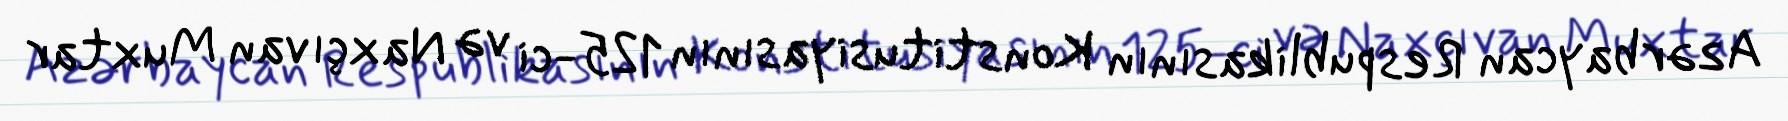
Azərbaycan Respublikasının Konstitusiyasının 125-ci və Naxçıvan Muxtar